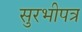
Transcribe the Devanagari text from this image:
सुरभीपत्र